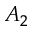
A _ { 2 }